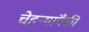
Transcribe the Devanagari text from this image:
चेहऱ्यांपैकी